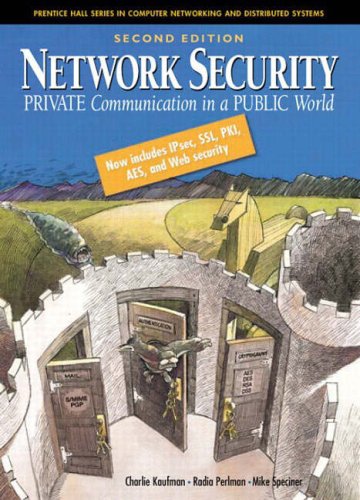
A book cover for Network Security: Private Communication in a Public World (2nd Edition); Charlie Kaufman; Computers & Technology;